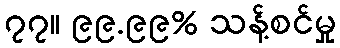
၇၇။ ၉၉.၉၉% သန့်စင်မှု